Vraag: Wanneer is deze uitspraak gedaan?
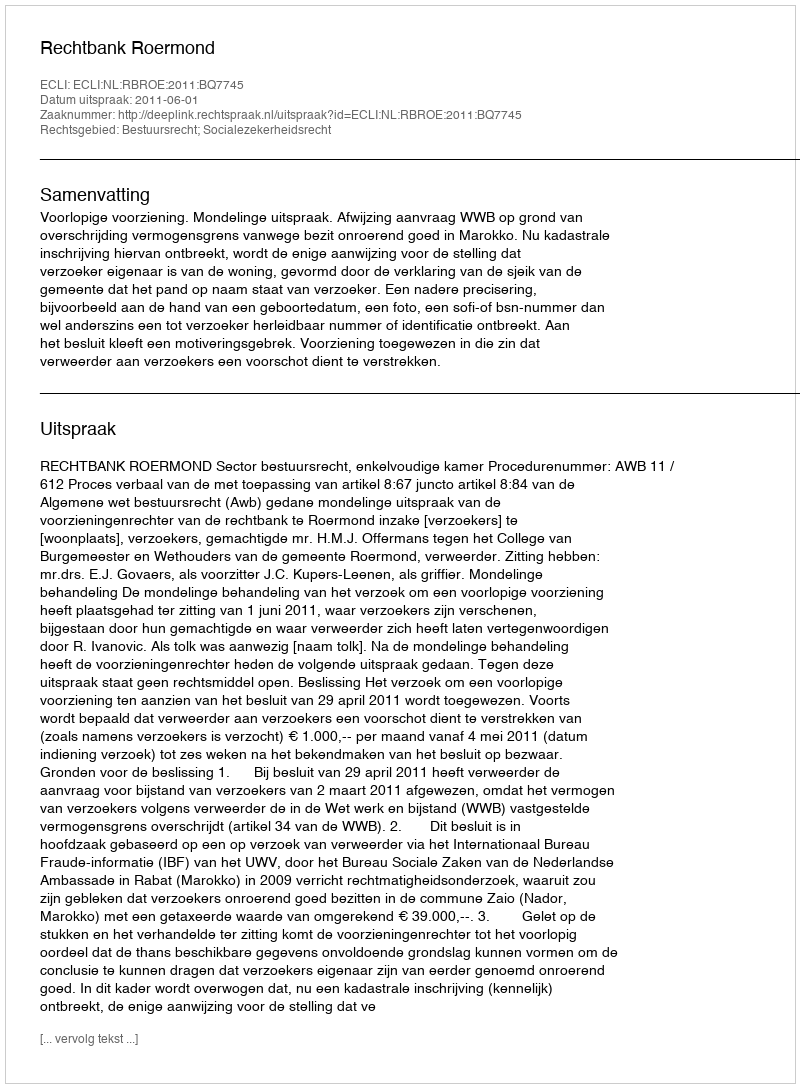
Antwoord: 2011-06-01